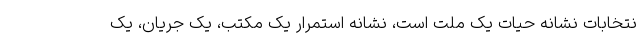
نتخابات نشانه حیات یک ملت است، نشانه استمرار یک مکتب، یک جریان، یک